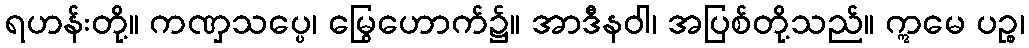
ရဟန်းတို့။ ကဏှသပ္ပေ၊ မြွေဟောက်၌။ အာဒီနဝါ၊ အပြစ်တို့သည်။ ဣမေ ပဉ္စ၊